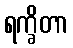
ရက္ခိတာ